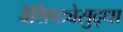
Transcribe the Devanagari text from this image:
वैशिष्ट्येसुद्धा